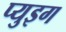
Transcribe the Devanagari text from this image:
प्युइग